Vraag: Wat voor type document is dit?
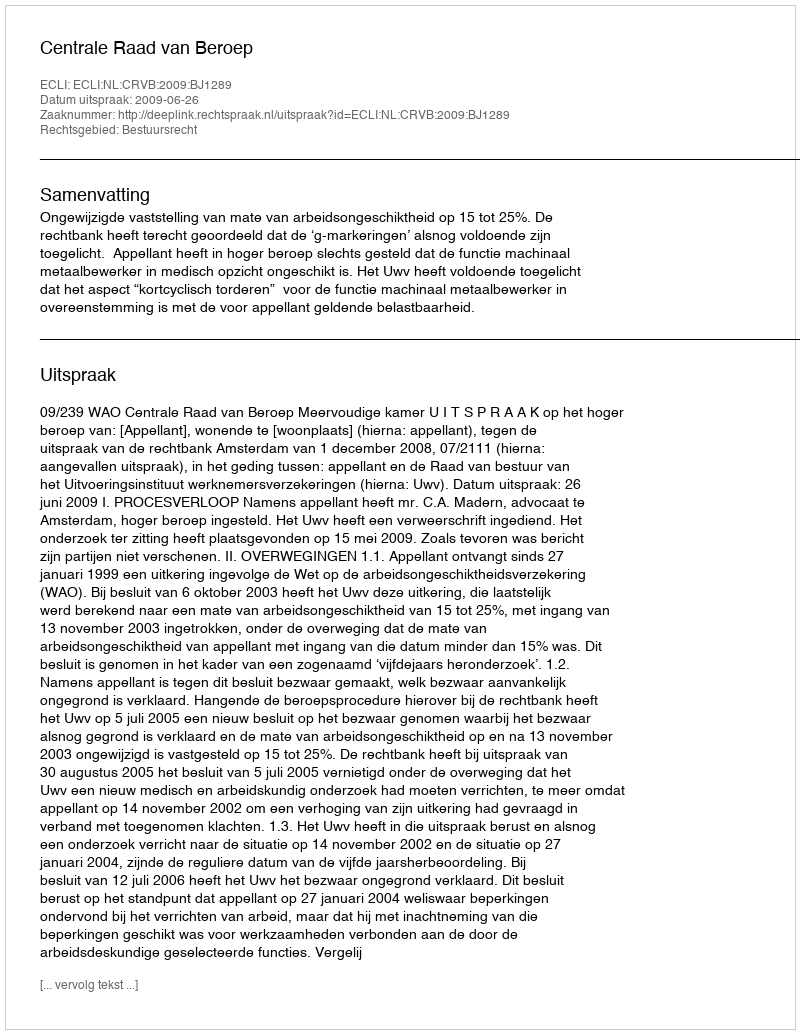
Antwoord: Uitspraak